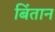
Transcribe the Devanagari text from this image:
बिंतान